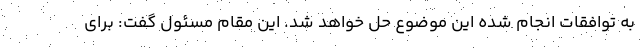
به توافقات انجام شده این موضوع حل خواهد شد. این مقام مسئول گفت: برای